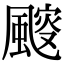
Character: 䬒